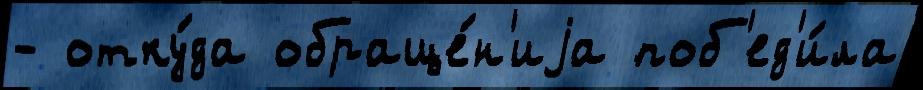
- отку́да обраще́н'иjа поб'ед'и́ла